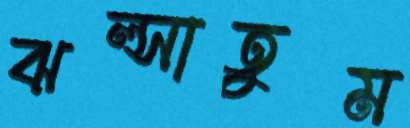
ঝল্‌সাতুম